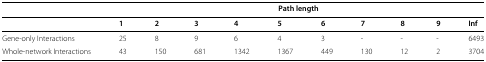
<table><thead><tr><td></td><td colspan="10"><b>Path length</b></td></tr></thead><tbody><tr><td></td><td><b>1</b></td><td><b>2</b></td><td><b>3</b></td><td><b>4</b></td><td><b>5</b></td><td><b>6</b></td><td><b>7</b></td><td><b>8</b></td><td><b>9</b></td><td><b>Inf</b></td></tr><tr><td>Gene-only Interactions</td><td>25</td><td>8</td><td>9</td><td>6</td><td>4</td><td>3</td><td>-</td><td>-</td><td>-</td><td>6493</td></tr><tr><td>Whole-network Interactions</td><td>43</td><td>150</td><td>681</td><td>1342</td><td>1367</td><td>449</td><td>130</td><td>12</td><td>2</td><td>3704</td></tr></tbody></table>